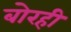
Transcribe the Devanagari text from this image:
बोरही